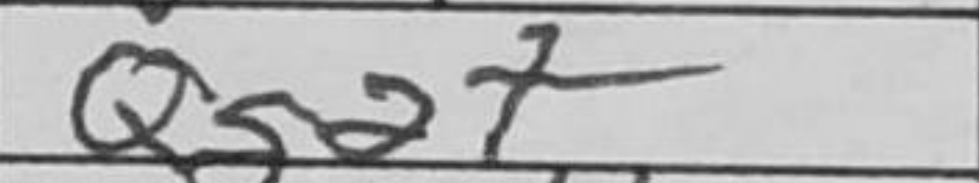
Transcription: Qg2+